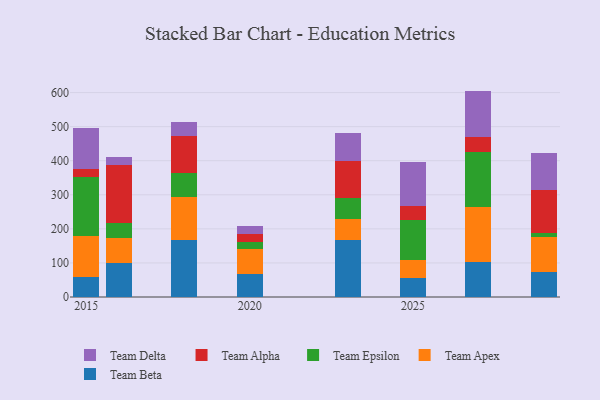
{"axis": {"x": "Year", "y": "Production Output"}, "legend": ["Team Alpha", "Team Apex", "Team Beta", "Team Delta", "Team Epsilon"], "data": [{"x": "2023", "y": 166.5, "type": "Team Beta"}, {"x": "2023", "y": 61.2, "type": "Team Apex"}, {"x": "2023", "y": 63.1, "type": "Team Epsilon"}, {"x": "2023", "y": 108.7, "type": "Team Alpha"}, {"x": "2023", "y": 83.2, "type": "Team Delta"}, {"x": "2029", "y": 72.8, "type": "Team Beta"}, {"x": "2029", "y": 104.2, "type": "Team Apex"}, {"x": "2029", "y": 10.1, "type": "Team Epsilon"}, {"x": "2029", "y": 125.9, "type": "Team Alpha"}, {"x": "2029", "y": 108.6, "type": "Team Delta"}, {"x": "2018", "y": 166.2, "type": "Team Beta"}, {"x": "2018", "y": 125.9, "type": "Team Apex"}, {"x": "2018", "y": 72.3, "type": "Team Epsilon"}, {"x": "2018", "y": 107.8, "type": "Team Alpha"}, {"x": "2018", "y": 40.8, "type": "Team Delta"}, {"x": "2027", "y": 101.4, "type": "Team Beta"}, {"x": "2027", "y": 164.0, "type": "Team Apex"}, {"x": "2027", "y": 160.2, "type": "Team Epsilon"}, {"x": "2027", "y": 44.3, "type": "Team Alpha"}, {"x": "2027", "y": 135.2, "type": "Team Delta"}, {"x": "2015", "y": 57.6, "type": "Team Beta"}, {"x": "2015", "y": 121.5, "type": "Team Apex"}, {"x": "2015", "y": 171.7, "type": "Team Epsilon"}, {"x": "2015", "y": 23.9, "type": "Team Alpha"}, {"x": "2015", "y": 121.6, "type": "Team Delta"}, {"x": "2016", "y": 100.4, "type": "Team Beta"}, {"x": "2016", "y": 72.5, "type": "Team Apex"}, {"x": "2016", "y": 44.4, "type": "Team Epsilon"}, {"x": "2016", "y": 170.2, "type": "Team Alpha"}, {"x": "2016", "y": 22.0, "type": "Team Delta"}, {"x": "2025", "y": 57.0, "type": "Team Beta"}, {"x": "2025", "y": 52.4, "type": "Team Apex"}, {"x": "2025", "y": 115.7, "type": "Team Epsilon"}, {"x": "2025", "y": 42.4, "type": "Team Alpha"}, {"x": "2025", "y": 128.3, "type": "Team Delta"}, {"x": "2020", "y": 66.9, "type": "Team Beta"}, {"x": "2020", "y": 73.8, "type": "Team Apex"}, {"x": "2020", "y": 20.8, "type": "Team Epsilon"}, {"x": "2020", "y": 23.5, "type": "Team Alpha"}, {"x": "2020", "y": 24.2, "type": "Team Delta"}]}